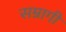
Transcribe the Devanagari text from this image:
सम्रागी